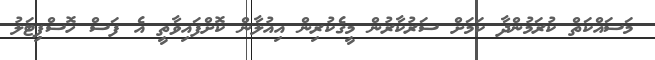
މަސައްކަތް ކުރަމުންދާ ކަމަށް ސަރުކާރުން މީގެކުރިން އިއުލާން ކޮށްފައިވާތީ އެ ފަސް ހޮސްޕިޓަލު